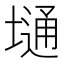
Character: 𫮢